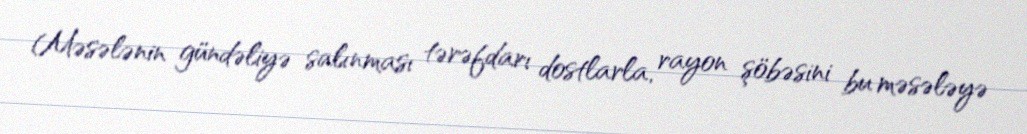
Məsələnin gündəliyə salınması tərəfdarı dostlarla, rayon şöbəsini bu məsələyə